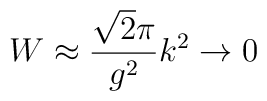
W\approx \frac{\sqrt{2}\pi}{g^2}k^2 \rightarrow 0